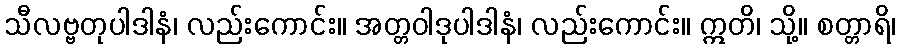
သီလဗ္ဗတုပါဒါနံ၊ လည်းကောင်း။ အတ္တဝါဒုပါဒါနံ၊ လည်းကောင်း။ ဣတိ၊ သို့။ စတ္တာရိ၊